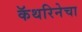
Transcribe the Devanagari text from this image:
कॅथरिनेचा